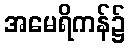
အမေရိကန်၌